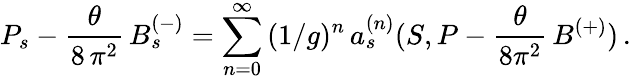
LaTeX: P_{s}-\frac{\theta}{8\, \pi^{2}}\, B_{s}^{(-)}=\sum_{n=0}^{\infty}\, (1/g)^{n}\, a_{s}^{(n)}(S,P-\frac{\theta}{8\pi^{2}}\, B^{(+)})\, .